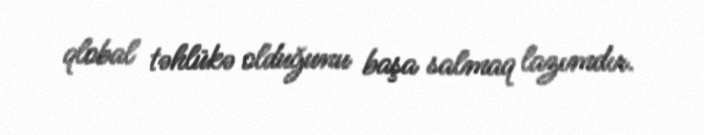
qlobal təhlükə olduğunu başa salmaq lazımdır.